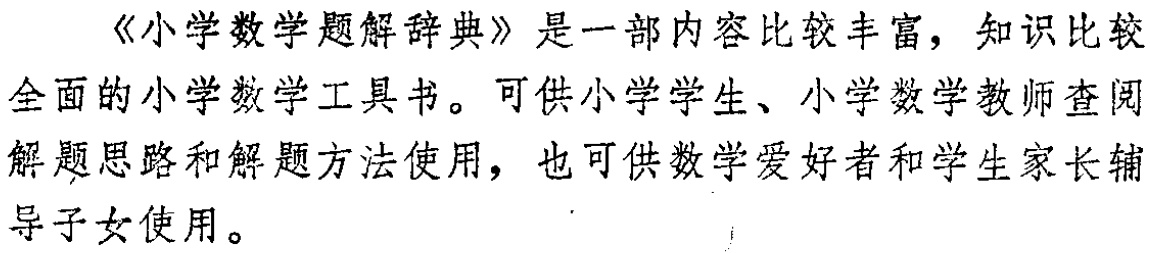
《小学数学题解辞典》是一部内容比较丰富，知识比较全面的小学数学工具书。可供小学学生、小学数学教师查阅解题思路和解题方法使用，也可供数学爱好者和学生家长辅导子女使用。